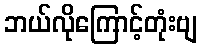
ဘယ်လိုကြောင့်တုံးဗျ